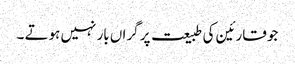
جو قارئین کی طبیعت پر گراں بار نہیں ہوتے ۔